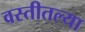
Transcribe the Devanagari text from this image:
वस्तीतल्या